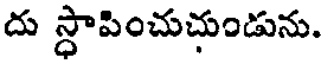
దు స్ధాపించుచుండును.